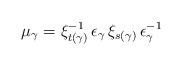
LaTeX: \begin{align*} \mu_{\gamma} = \xi_{t(\gamma)}^{-1} \, \epsilon_{\gamma} \, \xi_{s(\gamma)} \, \epsilon_{\gamma}^{-1} \end{align*}